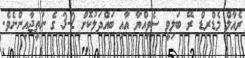
ރެއާލް މެޑްރިޑް ރޭ ބަލިވީ ސެވިއްޔާ އާއި ބައްދަލުކޮށް 2-3 ގެ ނަތީޖާއިންނެވެ.